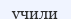
учили